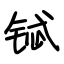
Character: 铽